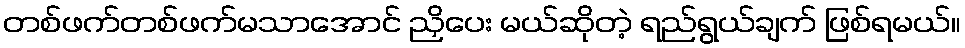
တစ်ဖက်တစ်ဖက်မသာအောင် ညှိပေး မယ်ဆိုတဲ့ ရည်ရွယ်ချက် ဖြစ်ရမယ်။